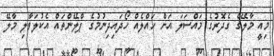
މިއީ މާލޭގެ ގެދޮރުގެ މައްސަލަ އަށް ހައްލެއް ހޯދައިދިނުމުގެ ޕްލޭންތައް އެކުލަވާލި މާލޭ